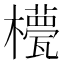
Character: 𣞑